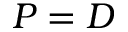
P = D